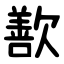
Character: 歚